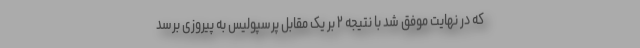
که در نهایت موفق شد با نتیجه ۲ بر یک مقابل پرسپولیس به پیروزی برسد